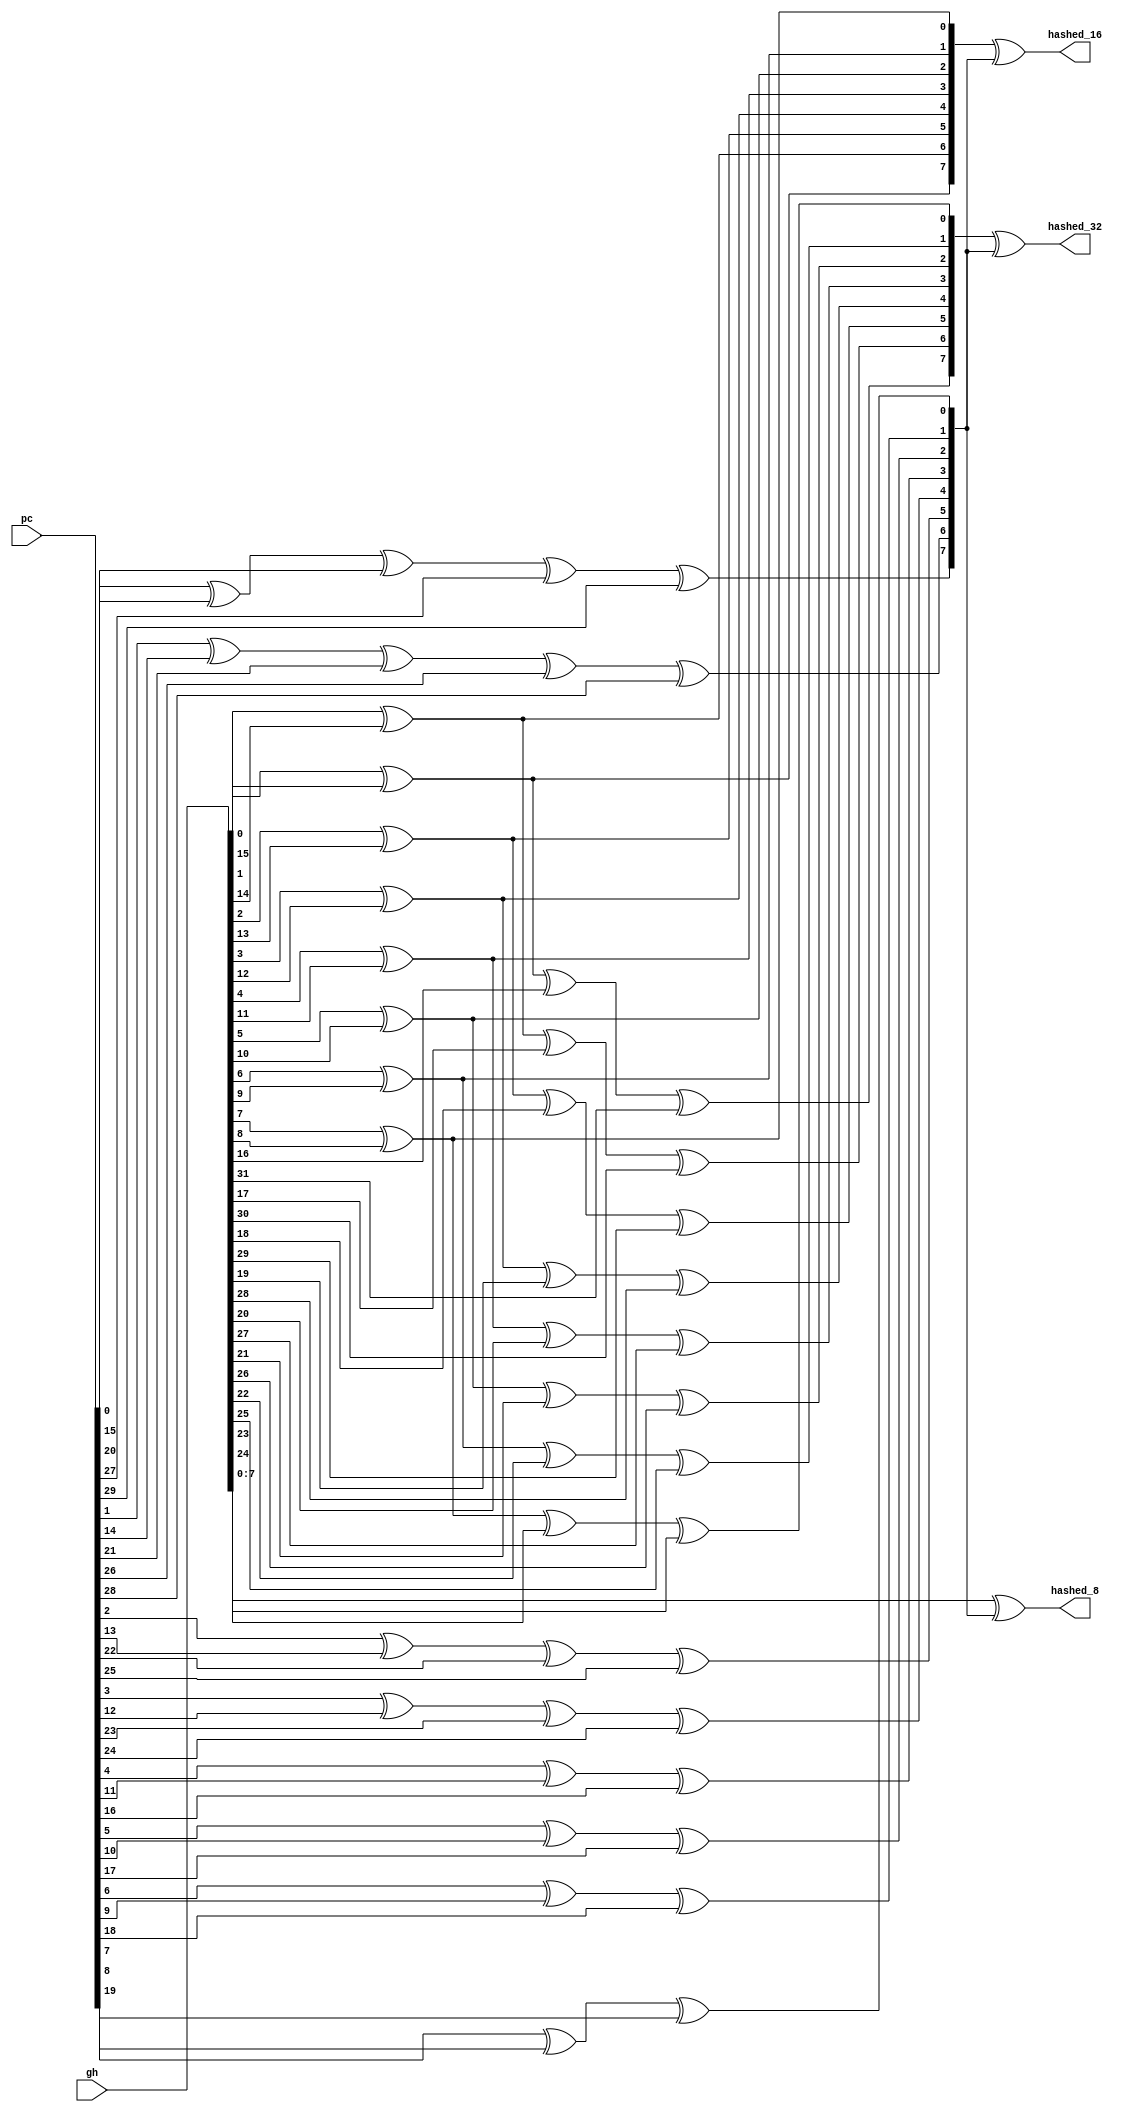
module pc_gh_hash#(
    parameter GH_width=36,   //gh
              ADDR_width=30,   //pc
              HASH_width=8
)(
    input [GH_width-1:0]     gh,
    input [ADDR_width-1:0]     pc,
    output[HASH_width-1:0]      hashed_8,
    output[HASH_width-1:0]      hashed_16,
    output[HASH_width-1:0]      hashed_32
);
    wire [HASH_width-1:0] gh_hashed_8=gh[7:0];
    wire [HASH_width-1:0] gh_hashed_16={
        gh[0]^gh[15],
        gh[1]^gh[14],
        gh[2]^gh[13],
        gh[3]^gh[12],
        gh[4]^gh[11],
        gh[5]^gh[10],
        gh[6]^gh[9],
        gh[7]^gh[8]
    };
    wire [HASH_width-1:0] gh_hashed_32={
        gh[0]^gh[15]^gh[16]^gh[31],
        gh[1]^gh[14]^gh[17]^gh[30],
        gh[2]^gh[13]^gh[18]^gh[29],
        gh[3]^gh[12]^gh[19]^gh[28],
        gh[4]^gh[11]^gh[20]^gh[27],
        gh[5]^gh[10]^gh[21]^gh[26],
        gh[6]^gh[9 ]^gh[22]^gh[25],
        gh[7]^gh[8 ]^gh[23]^gh[24]
    };
    wire [HASH_width-1:0] pc_hashed={
        pc[0]^pc[15]^pc[20]^pc[27]^pc[29],
        pc[1]^pc[14]^pc[21]^pc[26]^pc[28],
        pc[2]^pc[13]^pc[22]^pc[25],
        pc[3]^pc[12]^pc[23]^pc[24],
        pc[4]^pc[11]^pc[16],
        pc[5]^pc[10]^pc[17],
        pc[6]^pc[9 ]^pc[18],
        pc[7]^pc[8 ]^pc[19]
    };
    assign hashed_8=gh_hashed_8^pc_hashed;
    assign hashed_16=gh_hashed_16^pc_hashed;
    assign hashed_32=gh_hashed_32^pc_hashed;
endmodule